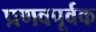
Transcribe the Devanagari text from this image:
प्रणवपूर्वक